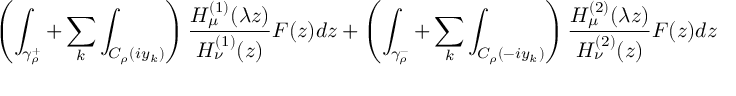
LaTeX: \left( \int _ { \gamma _ { \rho } ^ { + } } + \sum _ { k } \int _ { C _ { \rho } ( i y _ { k } ) } \right) \frac { H _ { \mu } ^ { ( 1 ) } ( \lambda z ) } { H _ { \nu } ^ { ( 1 ) } ( z ) } F ( z ) d z + \left( \int _ { \gamma _ { \rho } ^ { - } } + \sum _ { k } \int _ { C _ { \rho } ( - i y _ { k } ) } \right) \frac { H _ { \mu } ^ { ( 2 ) } ( \lambda z ) } { H _ { \nu } ^ { ( 2 ) } ( z ) } F ( z ) d z